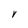
Character: V